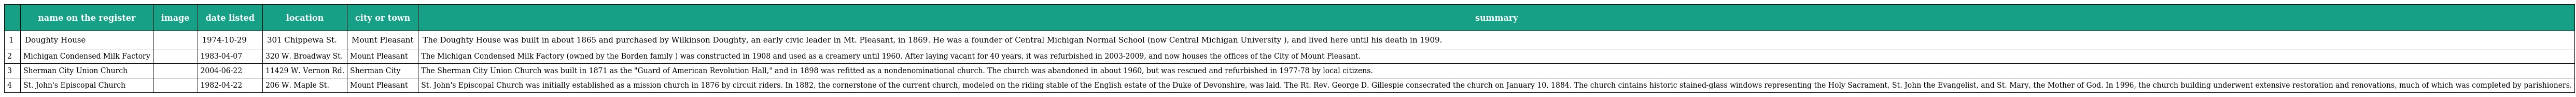
|  | name on the register | image | date listed | location | city or town | summary |
 | --- | --- | --- | --- | --- | --- | --- |
 | 1 | Doughty House |  | 1974-10-29 | 301 Chippewa St. | Mount Pleasant | The Doughty House was built in about 1865 and purchased by Wilkinson Doughty, an early civic leader in Mt. Pleasant, in 1869. He was a founder of Central Michigan Normal School (now Central Michigan University ), and lived here until his death in 1909. |
 | 2 | Michigan Condensed Milk Factory |  | 1983-04-07 | 320 W. Broadway St. | Mount Pleasant | The Michigan Condensed Milk Factory (owned by the Borden family ) was constructed in 1908 and used as a creamery until 1960. After laying vacant for 40 years, it was refurbished in 2003-2009, and now houses the offices of the City of Mount Pleasant. |
 | 3 | Sherman City Union Church |  | 2004-06-22 | 11429 W. Vernon Rd. | Sherman City | The Sherman City Union Church was built in 1871 as the "Guard of American Revolution Hall," and in 1898 was refitted as a nondenominational church. The church was abandoned in about 1960, but was rescued and refurbished in 1977-78 by local citizens. |
 | 4 | St. John's Episcopal Church |  | 1982-04-22 | 206 W. Maple St. | Mount Pleasant | St. John's Episcopal Church was initially established as a mission church in 1876 by circuit riders. In 1882, the cornerstone of the current church, modeled on the riding stable of the English estate of the Duke of Devonshire, was laid. The Rt. Rev. George D. Gillespie consecrated the church on January 10, 1884. The church cintains historic stained-glass windows representing the Holy Sacrament, St. John the Evangelist, and St. Mary, the Mother of God. In 1996, the church building underwent extensive restoration and renovations, much of which was completed by parishioners. |